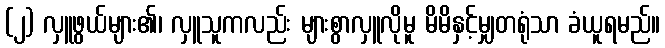
(၂) လှူဖွယ်များ၏၊ လှူသူကလည်း များစွာလှူလိုမူ မိမိနှင့်မျှတရုံသာ ခံယူရမည်။